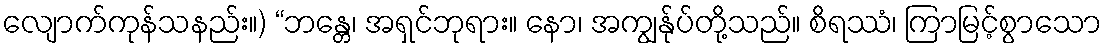
လျောက်ကုန်သနည်း။) “ဘန္တေ၊ အရှင်ဘုရား။ နော၊ အကျွန်ုပ်တို့သည်။ စိရဿံ၊ ကြာမြင့်စွာသော